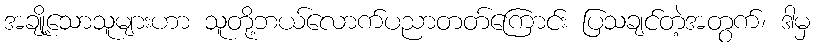
အချို့သောသူများဟာ သူတို့ဘယ်လောက်ပညာတတ်ကြောင်း ပြသချင်တဲ့အတွက်၊ ဒါမှ